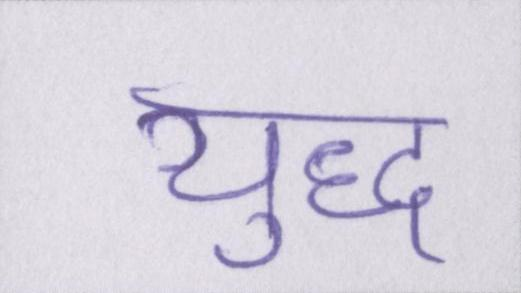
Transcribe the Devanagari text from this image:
युद्ध